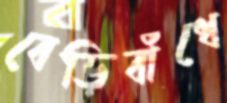
বেড়িবাঁধে